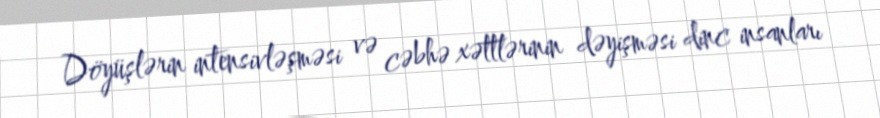
Döyüşlərin intensivləşməsi və cəbhə xəttlərinin dəyişməsi dinc insanları